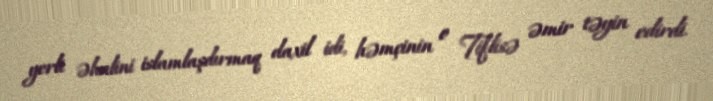
yerli əhalini islamlaşdırmaq daxil idi, həmçinin o Tiflisə əmir təyin edirdi.